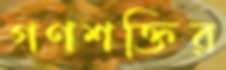
গণশক্তির